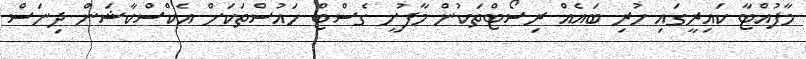
މާފުއްޓާ ކައިރީގައި ހުރި ބައެއް ރިސޯޓްތަކުން މާފުށީ ގެސްޓް ހައުސްތަކަށް އެކްސްކާޝަން ދިނަސް